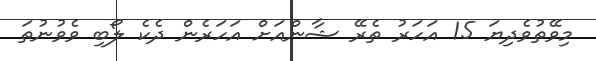
މިވޭތުވެދިޔަ 15 އަހަރު ތެރޭ ޝާންއަށް އަހަރެން ދެކެ ލޯބި ވެވުނުތަ